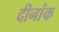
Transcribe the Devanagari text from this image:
दीनांक